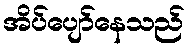
အိပ်ပျော်နေသည်